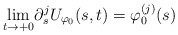
\begin{align*}\underset{t\rightarrow +0}\lim \partial_s^j U_{\varphi_0}(s,t)=\varphi_0^{(j)} (s) \end{align*}